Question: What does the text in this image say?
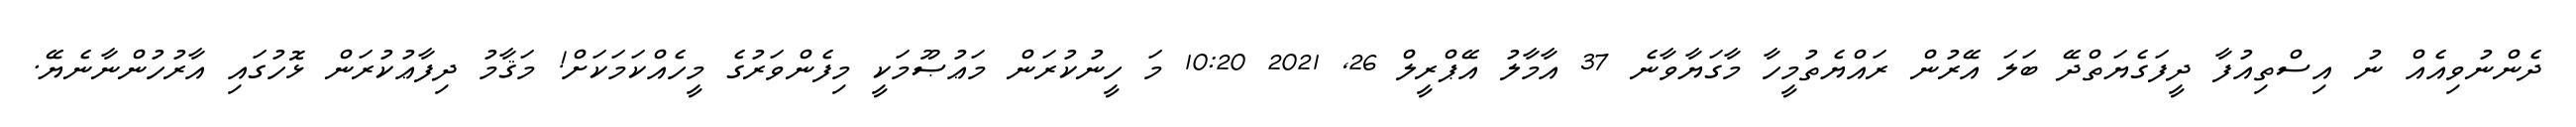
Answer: ދެންނުވިއެއް ނު އިސްތިއުފާ ދީފަގެޔަތްދޭ ބަލަ އޭރުން ރައްޔެތުމީހާ މާގަޔާވާނެ 37 އާމާލު އޭޕްރީލް 26, 2021 10:20 މަ ހީނުކުރަން މަޢުޞޫމަކީ މިފެންވަރުގެ މީހެއްކަމަކަށް! މަޤާމު ދިފާޢުކުރަން ޅޮހުގައި އާރުހުންނާނެޔޭ.